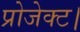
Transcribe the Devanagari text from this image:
प्रोजेक्ट।